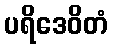
ပရိဒေဝိတံ